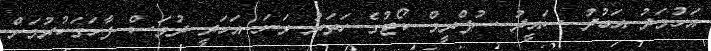
އަހުމަދު އަބުދު ސައީދު ސުޕްރީމް ކޯޓުގެ ހަތަރު ވަނަ އަހަރީ ދުވަސް ފާހަގަކުރުމަށް